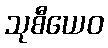
သုစီယေဝ